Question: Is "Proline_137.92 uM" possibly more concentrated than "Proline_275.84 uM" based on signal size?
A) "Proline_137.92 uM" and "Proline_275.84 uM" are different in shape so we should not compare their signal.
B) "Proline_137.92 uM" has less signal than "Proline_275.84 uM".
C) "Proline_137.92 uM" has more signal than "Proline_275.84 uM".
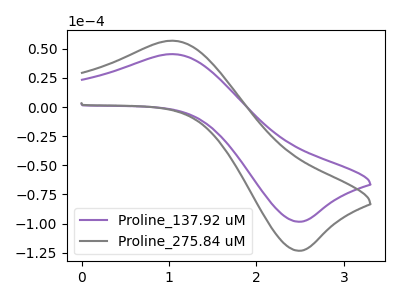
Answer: <think>The purple curve "Proline_137.92 uM" has an anodic peak at (1.05V, 45.45uA) and a cathodic peak at (2.45V, -98.35uA). The gray curve "Proline_275.84 uM" has an anodic peak at (1.05V, 57.00uA) and a cathodic peak at (2.45V, -123.25uA).
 All the peaks in "Proline_137.92 uM" have a peak in "Proline_275.84 uM" at the same potential. Every peak in "Proline_137.92 uM" is lower than every peak in "Proline_275.84 uM".</think>
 <answer>B) "Proline_137.92 uM" has less signal than "Proline_275.84 uM".</answer>
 <eval>B</eval>